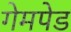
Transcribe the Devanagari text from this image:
गेमपेड